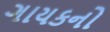
ગાયકનો